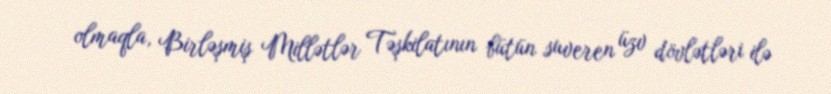
olmaqla, Birləşmiş Millətlər Təşkilatının bütün suveren üzv dövlətləri ilə